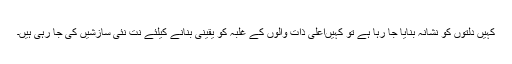
کہیں دلتوں کو نشانہ بنایا جا رہا ہے تو کہیںاعلی ذات والوں کے غلبہ کو یقینی بنانے کیلئے نت نئی سازشیں کی جا رہی ہیں۔